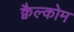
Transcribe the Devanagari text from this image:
क्वैल्कोम